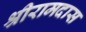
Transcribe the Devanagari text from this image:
श्रीरामदास